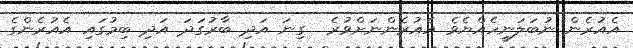
އެއުރެން ނުބަލަނީހެއްޔެވެ އެއުރެންނަށްވުރެ  ގިނަ އަދި ބާރުގަދަ އަދި ބިމުގައި އެއުރެންގެ